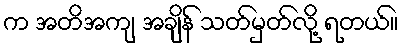
က အတိအကျ အချိန် သတ်မှတ်လို့ ရတယ်။